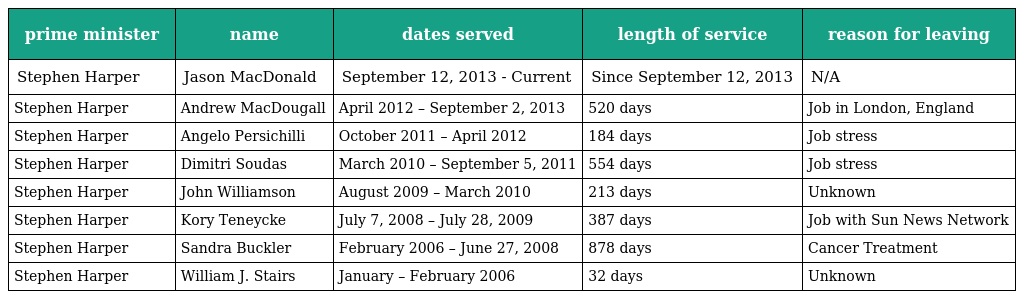
| prime minister | name | dates served | length of service | reason for leaving |
 | --- | --- | --- | --- | --- |
 | Stephen Harper | Jason MacDonald | September 12, 2013 - Current | Since September 12, 2013 | N/A |
 | Stephen Harper | Andrew MacDougall | April 2012 – September 2, 2013 | 520 days | Job in London, England |
 | Stephen Harper | Angelo Persichilli | October 2011 – April 2012 | 184 days | Job stress |
 | Stephen Harper | Dimitri Soudas | March 2010 – September 5, 2011 | 554 days | Job stress |
 | Stephen Harper | John Williamson | August 2009 – March 2010 | 213 days | Unknown |
 | Stephen Harper | Kory Teneycke | July 7, 2008 – July 28, 2009 | 387 days | Job with Sun News Network |
 | Stephen Harper | Sandra Buckler | February 2006 – June 27, 2008 | 878 days | Cancer Treatment |
 | Stephen Harper | William J. Stairs | January – February 2006 | 32 days | Unknown |